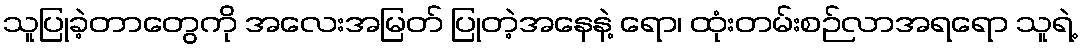
သူပြုခဲ့တာတွေကို အလေးအမြတ် ပြုတဲ့အနေနဲ့ ရော၊ ထုံးတမ်းစဉ်လာအရရော သူရဲ့